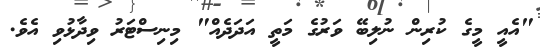
"އެއީ މީގެ ކުރިން ނުލިބޭ ވަރުގެ މަތީ އަދަދެއް" މިނިސްޓަރު ވިދާޅުވި އެވެ.